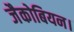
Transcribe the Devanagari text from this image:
जैकोबियन।